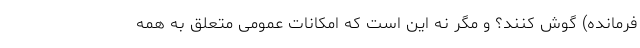
فرمانده) گوش کنند؟ و مگر نه این است که امکانات عمومی متعلق به همه